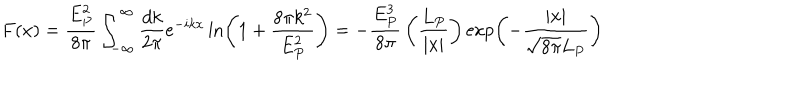
LaTeX: F ( x ) = { \frac { E _ { P } ^ { 2 } } { 8 \pi } } \int _ { - \infty } ^ { \infty } { \frac { d k } { 2 \pi } } e ^ { - i k x } \ln \left( 1 + { \frac { 8 \pi k ^ { 2 } } { E _ { P } ^ { 2 } } } \right) = - { \frac { E _ { P } ^ { 3 } } { 8 \pi } } \left( { \frac { L _ { P } } { | x | } } \right) \exp \left( - { \frac { | x | } { \sqrt { 8 \pi } L _ { P } } } \right)